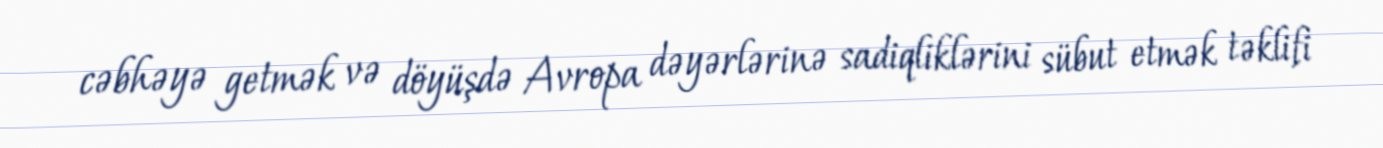
cəbhəyə getmək və döyüşdə Avropa dəyərlərinə sadiqliklərini sübut etmək təklifi